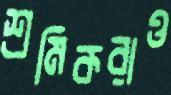
শ্রমিকরাও